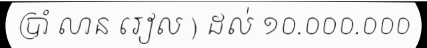
ប្រាំ លាន រៀល ) ដល់ ១០.០០០.០០០